Indian journal of veterinary science and animal husbandry - Volumes 18-21, 1948-1951
Year: 1948
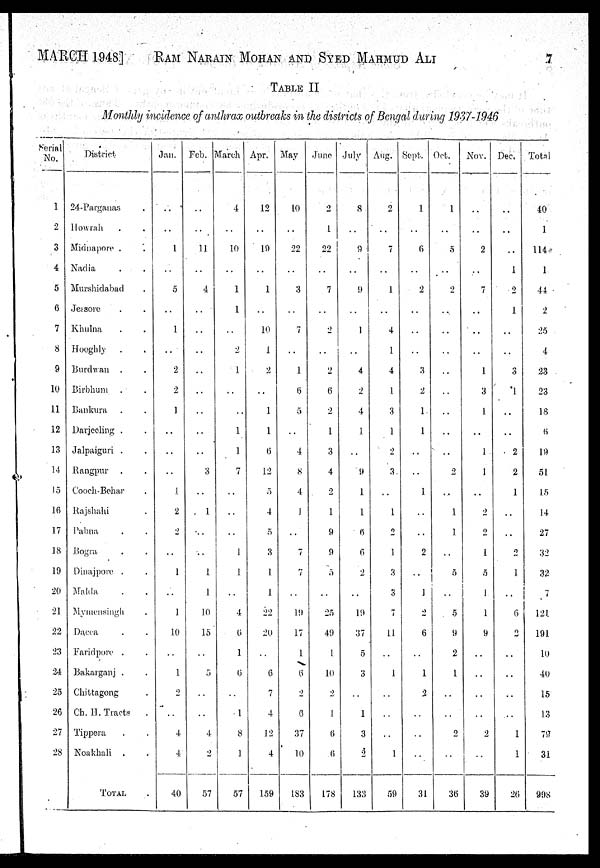
MARCH 1948] RAM NARAIN MOHAN AND SYED MAHMUD ALI 7
TABLE II
Monthly incidence of anthrax outbreaks in the districts of Bengal during 1937-1946
Serial
No.
1
2
3
4
5
6
7
8
9
10
11
12
13
14
15
16
17
18
19
20
21
22
23
24
25
26
27
28
District
24-Pargauas .
Howrah . .
Mirlnapore . .
Nadia . .
Murshidabad .
Jessore . .
Khulna . .
Hooghly . .
Bardwan . .
Birbhum . .
Bankura . .
Darjeeling . .
Jalpaiguri . .
Rangpur . .
Cooch-Behar .
Rajshahi . .
Pabna . .
Bogra . .
Dinajpore . .
Malda . .
Mymensingh .
Dacea . .
Faridpore . . .
Bakargauj . . .
Chittagong . .
Ch. H. Tracts . . .
Tippera . .
Noakbali . .
TOTAL .
Jan.
..
..
1
..
5
..
1
..
2
2
1
..
..
..
1
2
2
..
1
..
1
10
..
1
2
..
4
4
40
Feb.
..
..
11
..
4
..
..
..
..
..
..
..
..
3
..
1
..
..
1
1
10
15
..
5
..
..
4
2
57
March
4
..
10
..
1
1
..
2
1
..
..
1
1
7
..
..
..
1
1
..
4
6
1
6
..
1
8
1
57
Apr.
12
..
19
..
1
..
19
1
2
..
1
1
6
12
5
4
5
3
1
1
22
29
..
6
7
4
12
4
159
May
10
..
22
..
3
..
7
..
1
6
5
..
4
8
4
1
..
7
7
..
19
17
1
6
2
6
37
10
183
June
2
1
22
..
7
..
2
..
2
6
2
1
3
4
2
1
9
9
3
..
25
49
1
10
2
1
6
6
178
July
8
..
9
..
9
..
1
..
4
2
4
1
..
9
1
1
6
6
2
..
19
37
5
3
..
1
3
2
133
Aug.
2
..
7
..
1
..
4
1
4
1
3
1
2
3
..
1
2
1
3
3
7
11
..
1
..
..
..
1
59
Sept.
1
..
6
..
2
..
..
..
3
2
1
1
..
..
1
..
..
2
..
1
2
6
..
1
2
..
..
..
31
Oct.
1
..
5
..
2
..
..
..
..
..
..
..
..
2
..
1
1
..
5
..
5
9
2
1
..
..
2
..
36
Nov.
..
..
2
..
7
..
..
..
1
3
1
..
1
1
2
2
1
5
1
1
9
..
..
..
..
2
..
39
Dec.
..
..
..
1
2
1
..
..
3
1
..
..
2
2
1
..
..
2
1
..
6
2
..
..
..
..
1
1
26
Total
40
1
114
1
44
2
25
4
23
23
18
6
19
51
15
14
27
32
32
7
121
191
10
40
15
13
79
31
998